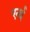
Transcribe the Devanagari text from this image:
एनई